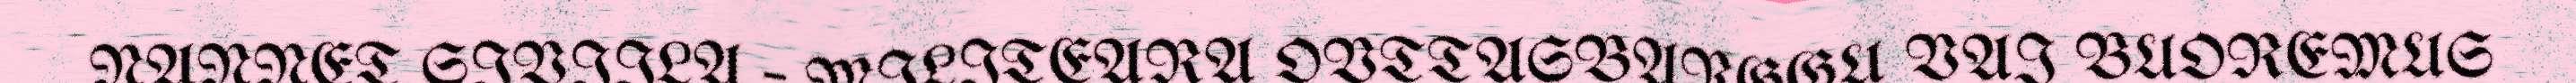
NANNET SIVIILA – MILITEARA OVTTASBARGGU VAI BUOREMUS